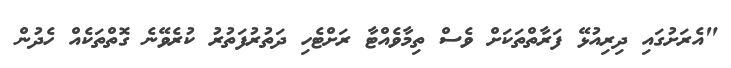
"އެރަށުގައި ދިރިއުޅޭ ފަރާތްތަކަށް ވެސް ތިމާވެއްޓާ ރަށްޓެހި ދަތުރުފަތުރު ކުރެވޭނެ ގޮތްތަކެއް ހެދުން